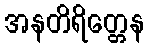
အနတိရိတ္တေန